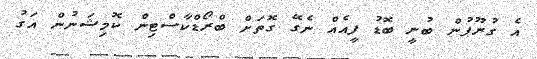
އެ ގުރޫޕުން ބުނީ ބޮޑު ފީއެއް ނެގޭ ގޮތަށް ބްރޯޑްކާސްޓިން ކޮމިޝަނުން އަގު